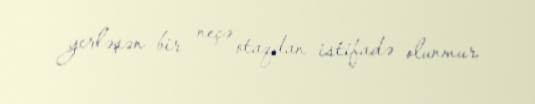
yerləşən bir neçə otaqdan istifadə olunmur.